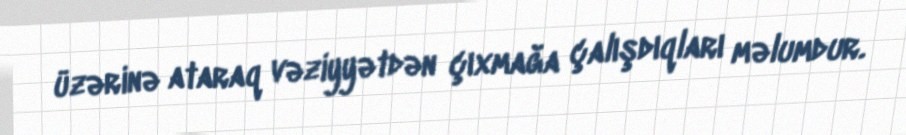
üzərinə ataraq vəziyyətdən çıxmağa çalışdıqları məlumdur.